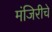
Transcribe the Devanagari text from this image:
मंजिरीचे